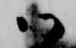
御